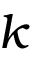
k